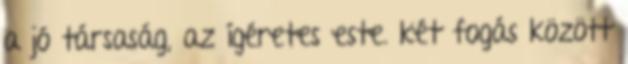
a jó társaság, az ígéretes este. két fogás között